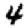
Digit: 4